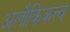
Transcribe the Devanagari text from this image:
अलौकिकत्त्व